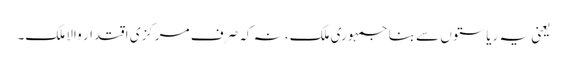
یعنی یہ ریاستوں سے بنا جمہوری‎ ملک، نہ کہ صرف مرکزی اقتدار والا ملک۔